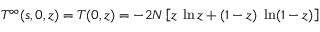
T ^ { \infty } ( s , 0 , z ) = { \cal T } ( 0 , z ) = - 2 N \left[ z \; \ln z + ( 1 - z ) \; \ln ( 1 - z ) \right]